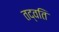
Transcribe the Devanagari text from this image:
तद्वति